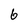
Character: 6